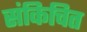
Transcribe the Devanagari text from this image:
संकिचित